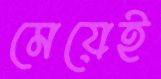
মেয়েই